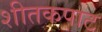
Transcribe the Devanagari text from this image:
शीतकपाट